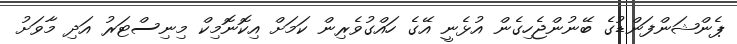
ޕެންޝަންފަންޑުގެ ބޭނުންޖެހިގެން އުޅެނީ އޭގެ ހައްގުވެރިން ކަމަށް އިކޮނޮމިކް މިނިސްޓަރު އަދި މާވަށު